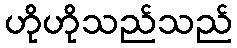
ဟိုဟိုသည်သည်